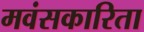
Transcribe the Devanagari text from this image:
मवंसकारिता